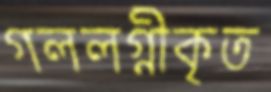
গললগ্নীকৃত